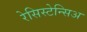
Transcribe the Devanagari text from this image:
रेसिस्टेन्सिअ